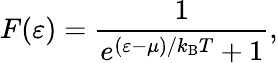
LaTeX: F(\varepsilon)={\frac{1}{e^{(\varepsilon-\mu)/k_{\mathrm{{B}}}T}+1}},